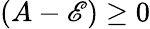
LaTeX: (A-\mathscr{E})\geq0